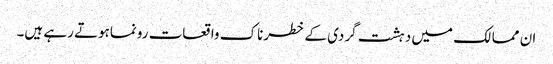
ان ممالک میں دہشت گردی کے خطرناک واقعات رونماہوتے رہے ہیں۔